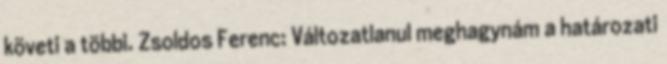
követi a többi. Zsoldos Ferenc: Változatlanul meghagynám a határozati